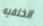
الخلفيه